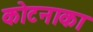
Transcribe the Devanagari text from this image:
कोटनाका